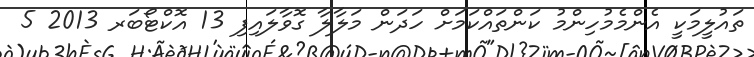
ތައުލީމަކީ އެންމެމުހިންމު ކަންތައްކަމަށް ހަދަން މަލާލާ ގޮވާލައިފި 13 އޮކްޓޯބަރ 2013 5